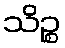
သိဉ္စ